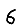
Digit: 6